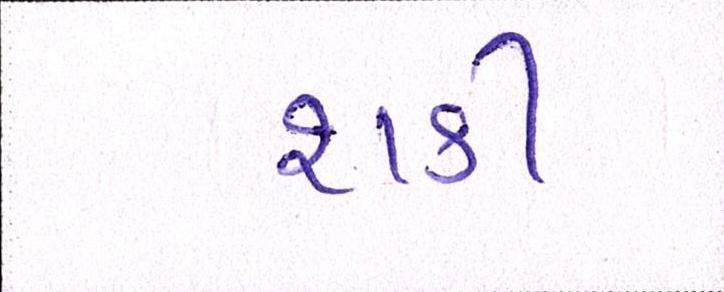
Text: શકી